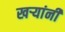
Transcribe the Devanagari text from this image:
खऱ्यांनी